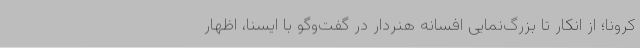
کرونا؛ از انکار تا بزرگ‌نمایی افسانه هنردار در گفت‌وگو با ایسنا، اظهار